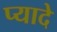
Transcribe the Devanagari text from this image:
प्‍यादे